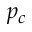
p _ { c }